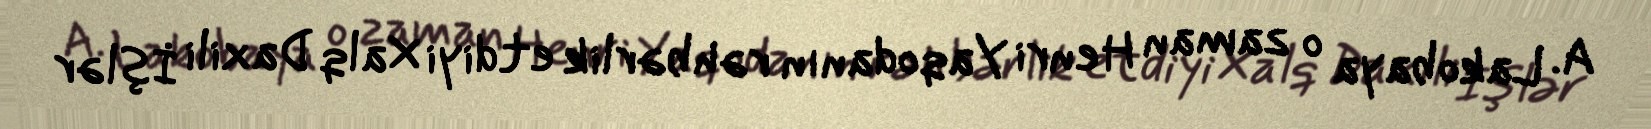
A. Lakobaya o zaman Henri Yaqodanın rəhbərlik etdiyi Xalq Daxili İşlər